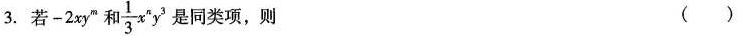
3.若-2xy”和 \frac{1}{3}x^{n}y^{3} 是同类项，则 ()A.m=1，n=1 B.m=1，n=3C.m=3，n=1 D.m=3，n=3